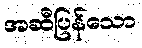
အဆီပြန်သော